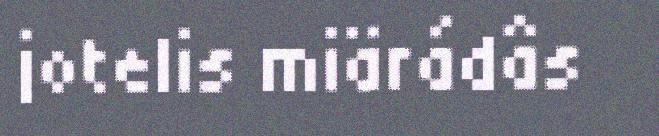
jotelis miärádâs